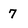
Character: 7